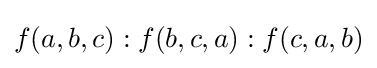
f(a,b,c):f(b,c,a):f(c,a,b)